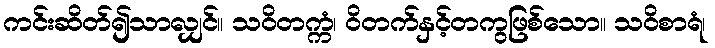
ကင်းဆိတ်၍သာလျှင်။ သဝိတက္ကံ၊ ဝိတက်နှင့်တကွဖြစ်သော။ သဝိစာရံ၊